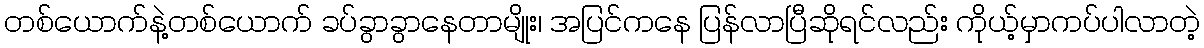
တစ်ယောက်နဲ့တစ်ယောက် ခပ်ခွာခွာနေတာမျိုး၊ အပြင်ကနေ ပြန်လာပြီဆိုရင်လည်း ကိုယ့်မှာကပ်ပါလာတဲ့